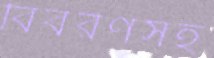
বিবরণসহ